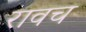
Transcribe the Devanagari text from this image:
रावच